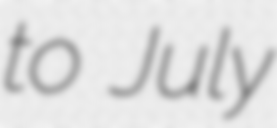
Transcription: to July